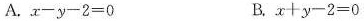
A.$$x - y - 2 = 0$$ B.$$x + y - 2 = 0$$